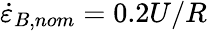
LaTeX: \dot{\varepsilon}_{B,nom}=0.2U/R